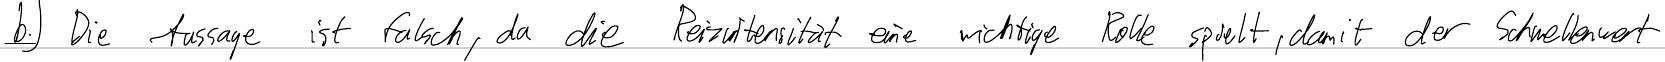
b.) Die Aussage ist falsch, da die Reizintensität eine wichtige Rolle spielt, damit der Schwellenwert